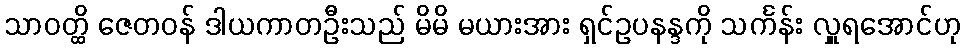
သာဝတ္ထိ ဇေတဝန် ဒါယကာတဦးသည် မိမိ မယားအား ရှင်ဥပနန္ဒကို သင်္ကန်း လှူရအောင်ဟု